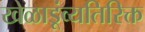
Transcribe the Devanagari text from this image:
खेळाडूंव्यतिरिक्त